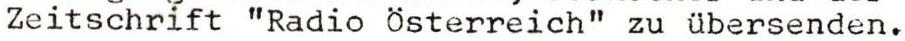
Zeitschrift "Radio Österreich" zu übersenden.